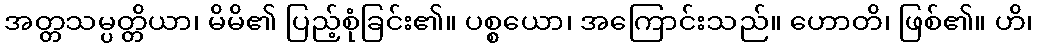
အတ္တသမ္ပတ္တိယာ၊ မိမိ၏ ပြည့်စုံခြင်း၏။ ပစ္စယော၊ အကြောင်းသည်။ ဟောတိ၊ ဖြစ်၏။ ဟိ၊